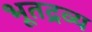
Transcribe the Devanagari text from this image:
भूतद्रव्य